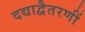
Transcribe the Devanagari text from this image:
दद्याद्वैतरणीं